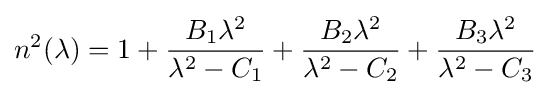
n^{2}(\lambda )=1+{\frac {B_{1}\lambda ^{2}}{\lambda ^{2}-C_{1}}}+{\frac {B_{2}\lambda ^{2}}{\lambda ^{2}-C_{2}}}+{\frac {B_{3}\lambda ^{2}}{\lambda ^{2}-C_{3}}}